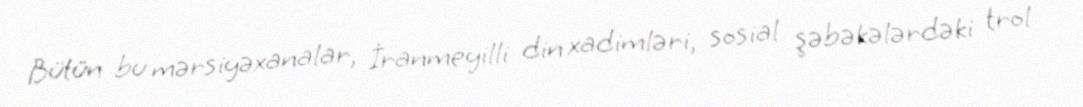
Bütün bu mərsiyəxanalar, İranmeyilli din xadimləri, sosial şəbəkələrdəki trol